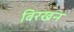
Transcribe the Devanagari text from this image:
बिरखन